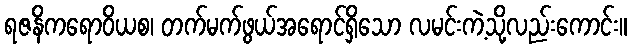
ရဇနိကရောဝိယစ၊ တက်မက်ဖွယ်အရောင်ရှိသော လမင်းကဲ့သို့လည်းကောင်း။